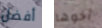
أفضل أخوها